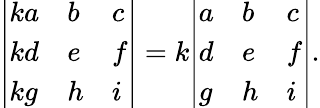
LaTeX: {\left|\begin{array}{lll}{ka}&{b}&{c}\\ {kd}&{e}&{f}\\ {kg}&{h}&{i}\end{array}\right|}=k{\left|\begin{array}{lll}{a}&{b}&{c}\\ {d}&{e}&{f}\\ {g}&{h}&{i}\end{array}\right|}.